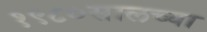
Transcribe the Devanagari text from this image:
१९८०सालच्या